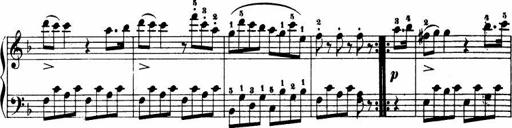
Title: Le bouquetier
Composer: Anton Diabelli
Key: G major
 C major
 F major
 C major